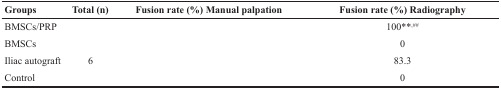
<table><thead><tr><td><b>Groups</b></td><td><b>Total (n)</b></td><td><b>Fusion rate (%) Manual palpation</b></td><td><b>Fusion rate (%) Radiography</b></td></tr></thead><tbody><tr><td>BMSCs/PRP</td><td>[EMPTY_CELL]</td><td>[EMPTY_CELL]</td><td>100**<sup>,##</sup></td></tr><tr><td>BMSCs</td><td>[EMPTY_CELL]</td><td>[EMPTY_CELL]</td><td>0</td></tr><tr><td>Iliac autograft</td><td>6</td><td>[EMPTY_CELL]</td><td>83.3</td></tr><tr><td>Control</td><td>[EMPTY_CELL]</td><td>[EMPTY_CELL]</td><td>0</td></tr></tbody></table>